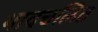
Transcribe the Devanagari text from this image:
भावचलित